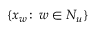
\{ x _ { w } \! : \, w \in N _ { u } \}